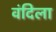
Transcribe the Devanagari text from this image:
वंदिला